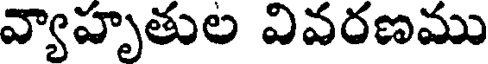
వ్యాహృతుల వివరణము